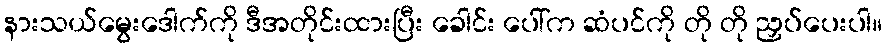
နားသယ်မွေးဒေါက်ကို ဒီအတိုင်းထားပြီး ခေါင်း ပေါ်က ဆံပင်ကို တို တို ညှပ်ပေးပါ။